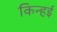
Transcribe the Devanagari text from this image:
किन्हई